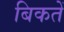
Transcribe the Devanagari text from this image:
बिकतें